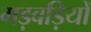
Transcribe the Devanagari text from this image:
गड़बड़ियों